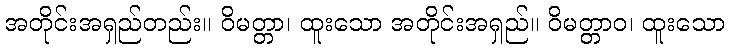
အတိုင်းအရှည်တည်း။ ဝိမတ္တာ၊ ထူးသော အတိုင်းအရှည်။ ဝိမတ္တာဝ၊ ထူးသော